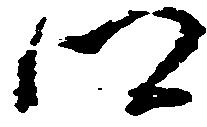
郷